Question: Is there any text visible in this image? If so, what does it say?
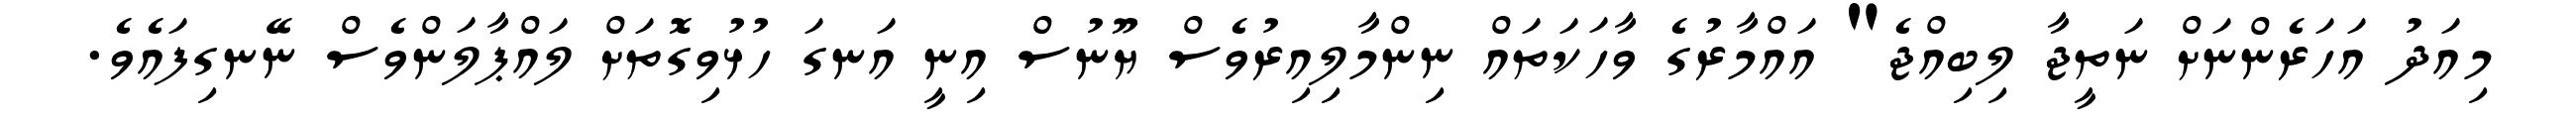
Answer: މިއަދު އަހަރެންނަށް ނަތީޖާ ލިބިއްޖެ" އައްމާރުގެ ވާހަކަތައް ނިންމާލިއިރުވެސް ޔޫނުސް އިނީ އަނގަ ހުޅުވިގޮތަށް ލައްޕާލަންވެސް ނޭނގިފައެވެ.